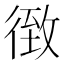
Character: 𰐴